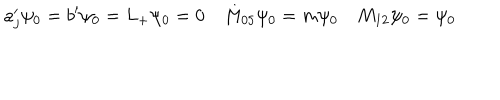
a _ { j } ^ { \prime } \psi _ { 0 } = b ^ { \prime } \psi _ { 0 } = L _ { + } \psi _ { 0 } = 0 \quad M _ { 0 5 } \psi _ { 0 } = m \psi _ { 0 } \quad M _ { 1 2 } \psi _ { 0 } = \psi _ { 0 }